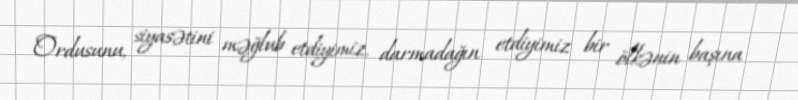
Ordusunu, siyasətini məğlub etdiyimiz, darmadağın etdiyimiz bir ölkənin başına